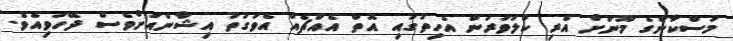
މުސްކާންގެ މޫނަށް އެރި ކުލަވަރުން އެހިތުގައި އޮތް އެއްޗެއް އެވަގުތު އިޝާންއަށްވެސް ދޭހަވިއެވެ.